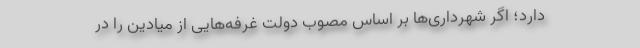
دارد؛ اگر شهرداری‌ها بر اساس مصوب دولت غرفه‌هایی از میادین را در